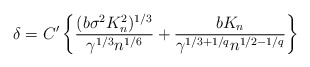
\begin{align*}\delta = C'\left\{\frac{(b\sigma^2 K_n^2)^{1/3}}{\gamma^{1/3} n^{1/6}} + \frac{b K_n}{\gamma^{1/3 + 1/q}n^{1/2-1/q}}\right\}\end{align*}